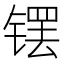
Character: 𫔆